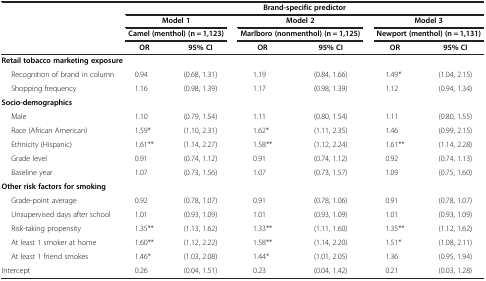
<table><thead><tr><td><b> </b></td><td colspan="6"><b>Brand-specific predictor</b></td></tr><tr><td><b> </b></td><td colspan="2"><b>Model 1</b></td><td colspan="2"><b>Model 2</b></td><td colspan="2"><b>Model 3</b></td></tr><tr><td><b> </b></td><td colspan="2"><b>Camel (menthol) (n = 1,123)</b></td><td colspan="2"><b>Marlboro (nonmenthol) (n = 1,125)</b></td><td colspan="2"><b>Newport (menthol) (n = 1,131)</b></td></tr><tr><td><b> </b></td><td><b>OR</b></td><td><b>95% CI</b></td><td><b>OR</b></td><td><b>95% CI</b></td><td><b>OR</b></td><td><b>95% CI</b></td></tr></thead><tbody><tr><td colspan="7"><b>Retail tobacco marketing exposure</b></td></tr><tr><td>Recognition of brand in column</td><td>0.94</td><td>(0.68, 1.31)</td><td>1.19</td><td>(0.84, 1.66)</td><td>1.49*</td><td>(1.04, 2.15)</td></tr><tr><td>Shopping frequency</td><td>1.16</td><td>(0.98, 1.39)</td><td>1.17</td><td>(0.98, 1.39)</td><td>1.12</td><td>(0.94, 1.34)</td></tr><tr><td colspan="7"><b>Socio-demographics</b></td></tr><tr><td>Male</td><td>1.10</td><td>(0.79, 1.54)</td><td>1.11</td><td>(0.80, 1.54)</td><td>1.11</td><td>(0.80, 1.55)</td></tr><tr><td>Race (African American)</td><td>1.59*</td><td>(1.10, 2.31)</td><td>1.62*</td><td>(1.11, 2.35)</td><td>1.46</td><td>(0.99, 2.15)</td></tr><tr><td>Ethnicity (Hispanic)</td><td>1.61**</td><td>(1.14, 2.27)</td><td>1.58**</td><td>(1.12, 2.24)</td><td>1.61**</td><td>(1.14, 2.28)</td></tr><tr><td>Grade level</td><td>0.91</td><td>(0.74, 1.12)</td><td>0.91</td><td>(0.74, 1.12)</td><td>0.92</td><td>(0.74, 1.13)</td></tr><tr><td>Baseline year</td><td>1.07</td><td>(0.73, 1.56)</td><td>1.07</td><td>(0.73, 1.57)</td><td>1.09</td><td>(0.75, 1.60)</td></tr><tr><td colspan="7"><b>Other risk factors for smoking</b></td></tr><tr><td>Grade-point average</td><td>0.92</td><td>(0.78, 1.07)</td><td>0.91</td><td>(0.78, 1.06)</td><td>0.91</td><td>(0.78, 1.07)</td></tr><tr><td>Unsupervised days after school</td><td>1.01</td><td>(0.93, 1.09)</td><td>1.01</td><td>(0.93, 1.09)</td><td>1.01</td><td>(0.93, 1.09)</td></tr><tr><td>Risk-taking propensity</td><td>1.35**</td><td>(1.13, 1.62)</td><td>1.33**</td><td>(1.11, 1.60)</td><td>1.35**</td><td>(1.12, 1.62)</td></tr><tr><td>At least 1 smoker at home</td><td>1.60**</td><td>(1.12, 2.22)</td><td>1.58**</td><td>(1.14, 2.20)</td><td>1.51*</td><td>(1.08, 2.11)</td></tr><tr><td>At least 1 friend smokes</td><td>1.46*</td><td>(1.03, 2.08)</td><td>1.44*</td><td>(1.01, 2.05)</td><td>1.36</td><td>(0.95, 1.94)</td></tr><tr><td>Intercept</td><td>0.26</td><td>(0.04, 1.51)</td><td>0.23</td><td>(0.04, 1.42)</td><td>0.21</td><td>(0.03, 1.28)</td></tr></tbody></table>